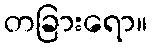
တခြားရော။